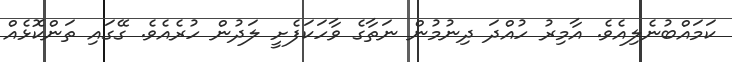
ކަމައްބުނެލިއެވެ. އާމިރު ހުއްދަ ދިނުމުން ނަތާގެ ވާހަކަފެށީ ލަދުން ހުރެއެވެ. ގޭގައި ތަންކޮޅެއް